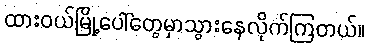
ထားဝယ်မြို့ပေါ်တွေမှာသွားနေလိုက်ကြတယ်။